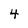
Character: 4